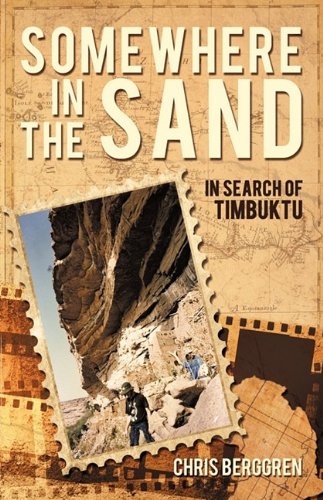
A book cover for Somewhere in the Sand: In Search of Timbuktu; Chris Berggren; Travel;